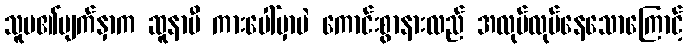
သူမ၏မျက်နှာက ဆူနာမီ ကားပေါ်မှာပဲ ကောင်းစွာနားလည် အလုပ်လုပ်နေသောကြောင့်